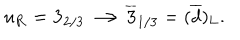
u _ { \bf R } = { \bf 3 } _ { 2 / 3 } \longrightarrow \overline { { { \bf 3 } } } _ { 1 / 3 } = ( \overline { { d } } ) _ { \bf L } .